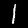
Label: 1